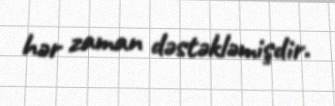
hər zaman dəstəkləmişdir.